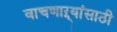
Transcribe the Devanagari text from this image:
वाचणाऱ्यांसाठी